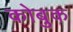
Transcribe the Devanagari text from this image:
कोबुक